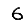
Digit: 6